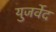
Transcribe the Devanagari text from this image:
युजर्वेद